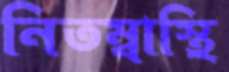
নিতম্বাস্থি